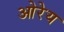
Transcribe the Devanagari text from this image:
ओरेय